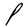
Character: P